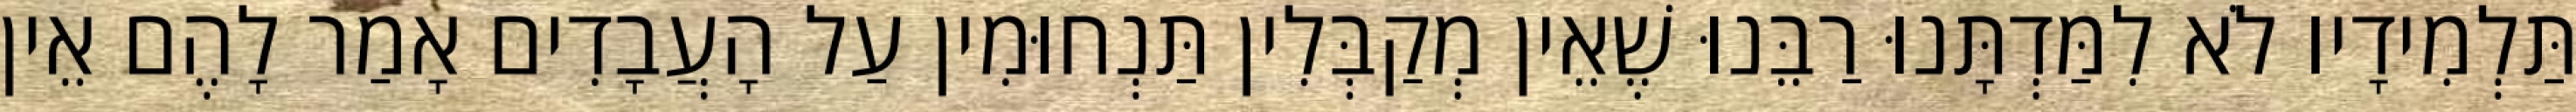
תַּלְמִידָיו לֹא לִמַּדְתָּנוּ רַבֵּנוּ שֶׁאֵין מְקַבְּלִין תַּנְחוּמִין עַל הָעֲבָדִים אָמַר לָהֶם אֵין